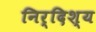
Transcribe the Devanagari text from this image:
निर्दिश्य